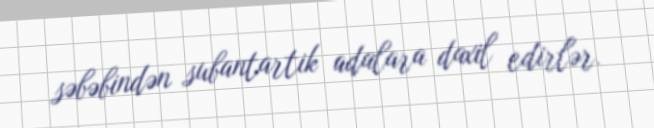
səbəbindən subantartik adalara daxil edirlər.